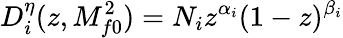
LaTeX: D_{i}^{\eta}(z,M_{f0}^{2})=N_{i}z^{\alpha_{i}}(1-z)^{\beta_{i}}